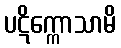
ပဋိက္ကောသာမိ